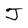
Character: J